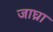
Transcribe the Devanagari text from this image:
जाघ्रा